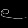
Digit: ၉